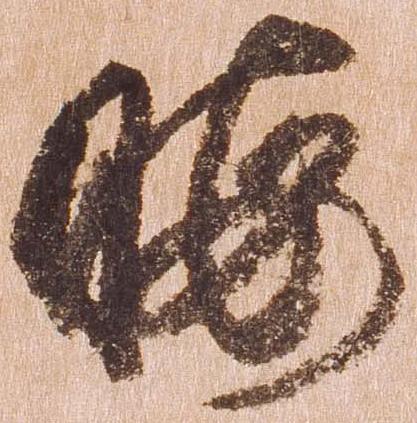
暇